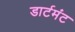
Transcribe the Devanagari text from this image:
डार्टमंट